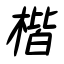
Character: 楷